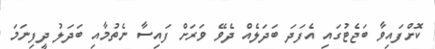
ކޮށްފައިވާ ބަޖެޓުގައި އެފަދަ ބަދަލެއް ދެވޭ ވަރަށް ފައިސާ ނެތުމާއި ބަދަލު ދީފިނަމަ